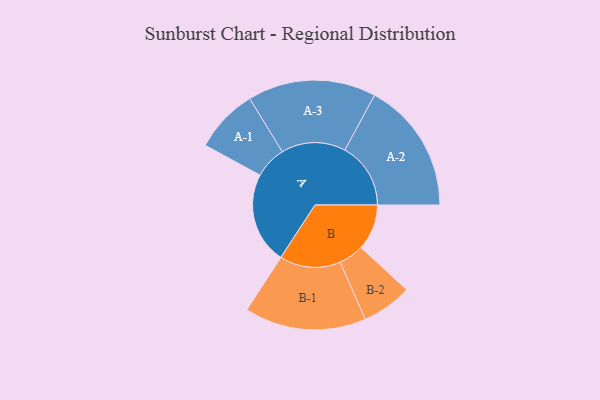
{"axis": {"x": "Segment", "y": "Value"}, "legend": ["", "A", "B"], "data": [{"x": "A", "y": 400, "type": ""}, {"x": "B", "y": 200, "type": ""}, {"x": "A-1", "y": 140, "type": "A"}, {"x": "A-2", "y": 288, "type": "A"}, {"x": "A-3", "y": 281, "type": "A"}, {"x": "B-1", "y": 266, "type": "B"}, {"x": "B-2", "y": 110, "type": "B"}]}